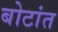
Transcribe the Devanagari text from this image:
बोटांत